Civil Veterinary Dept. Bombay admin report 1923-31 - 1923-1931
Year: 1923
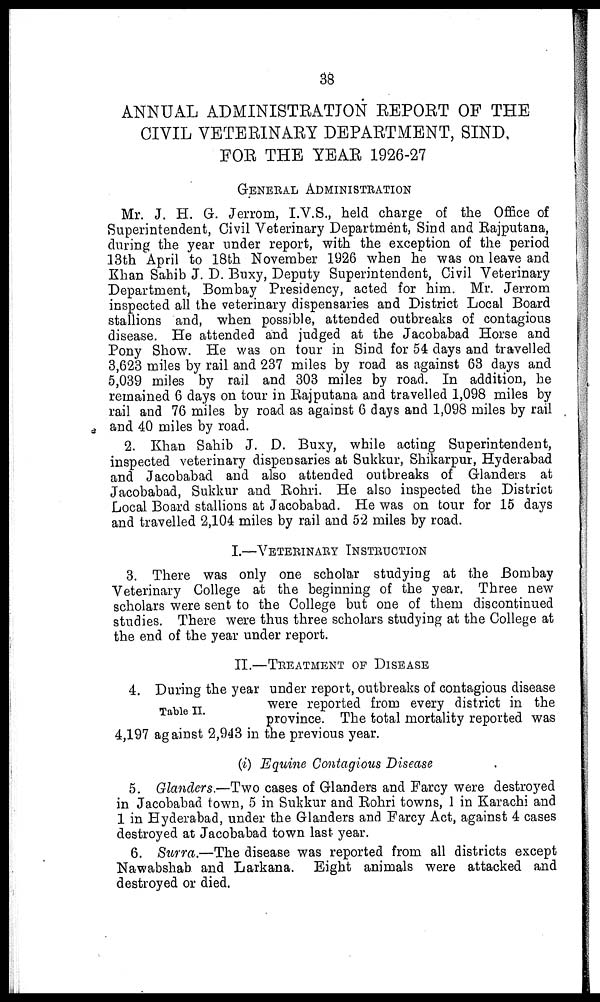
38
ANNUAL ADMINISTRATION REPORT OF THE
CIVIL VETERINARY DEPARTMENT, SIND,
FOR THE YEAR 1926-27
GENERAL ADMINISTRATION
Mr. J. H. G. Jerrom, I.V. S., held charge of the Office of
Superintendent, Civil Veterinary Department, Sind and Rajputana,
during the year under report, with the exception of the period
13th April to 18th November 1926 when he was on leave and
Khan Sahib J. D. Buxy, Deputy Superintendent, Civil Veterinary
Department, Bombay Presidency, acted for him. Mr. Jerrom
inspected all the veterinary dispensaries and District Local Board
stallions and, when possible, attended outbreaks of contagious
disease. He attended and judged at the Jacobabad Horse and
Pony Show. He was on tour in Sind for 54 days and travelled
3,623 miles by rail and 237 miles by road as against 63 days and
5,039 miles by rail and 303 miles by road. In addition, he
remained 6 days on tour in Rajputana and travelled 1,098 miles by
rail and 76 miles by road as against 6 days and 1,098 miles by rail
and 40 miles by road.
2. Khan Sahib J. D. Buxy, while acting Superintendent,
inspected veterinary dispensaries at Sukkur, Shikarpur, Hyderabad
and Jacobabad and also attended outbreaks of Glanders at
Jacobabad, Sukkur and Rohri. He also inspected the District
Local Board stallions at Jacobabad. He was on tour for 15 days
and travelled 2,104 miles by rail and 52 miles by road.
I.—VETERINARY INSTRUCTION
3. There was only one scholar studying at the Bombay
Veterinary College at the beginning of the year. Three new
scholars were sent to the College but one of them discontinued
studies. There were thus three scholars studying at the College at
the end of the year under report.
II.—TREATMENT OF DISEASE
Table II.
4. During the year under report, outbreaks of contagious disease
were reported from every district in the
province. The total mortality reported was
4,197 against 2,943 in the previous year.
(i) Equine Contagious Disease
5. Glanders.—Two cases of Glanders and Farcy were destroyed
in Jacobabad town, 5 in Sukkur and Rohri towns, 1 in Karachi and
1 in Hyderabad, under the Glanders and Farcy Act, against 4 cases
destroyed at Jacobabad town last year.
6. Surra.—The disease was reported from all districts except
Nawabshab and Larkana. Eight animals were attacked and
destroyed or died.